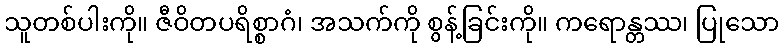
သူတစ်ပါးကို။ ဇီဝိတပရိစ္စာဂံ၊ အသက်ကို စွန့်ခြင်းကို။ ကရောန္တဿ၊ ပြုသော